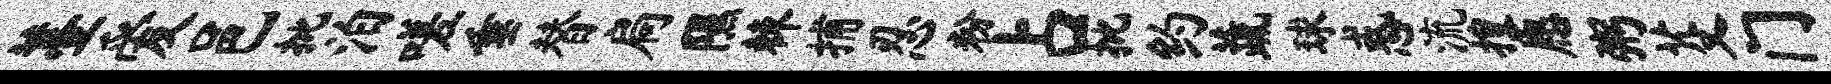
薹爱邑批泊嗟垂替扃隰棘捕忍粉占批约蔬球惑流搜愿粥芟门